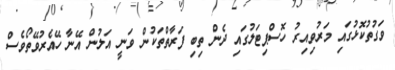
ވަގުތުކޮޅުގައި މަރުވިއިރު ހޮސްޕިޓަލުގައި ދެން ތިބި ފަރާތްތަކުން ވަނީ އަލުން އޭނާ ހޭއެރުވޭތޯވެސް